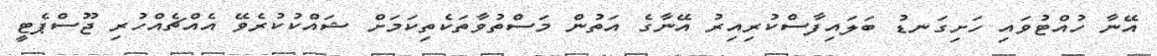
އޭނާ ހުއްޓުވައި ހަށިގަނޑު ބަލަައިފާސްކުރިިއިރު އޭނާގެ އަތުން މަސްތުވާތަކެތިކަމަށް ޝައްކުކުރެވޭ އެއްޗެއްހުރި ޖޫސްޕެޓީ